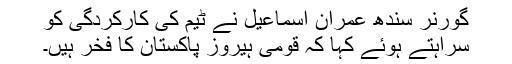
گورنر سندھ عمران اسماعیل نے ٹیم کی کارکردگی کو
سراہتے ہوئے کہا کہ قومی ہیروز پاکستان کا فخر ہیں۔